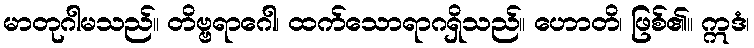
မာတုဂါမသည်။ တိဗ္ဗရာဂေါ၊ ထက်သောရာဂရှိသည်။ ဟောတိ၊ ဖြစ်၏။ ဣဒံ၊